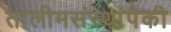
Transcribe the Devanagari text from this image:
तालीमसंस्थांपैकी